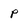
Character: p